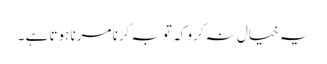
یہ خیال نہ کرو کہ توبہ کرنا مرنا ہوتا ہے ۔